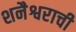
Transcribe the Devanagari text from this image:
शनैश्वराची